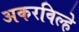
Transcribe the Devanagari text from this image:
अकरविल्हे